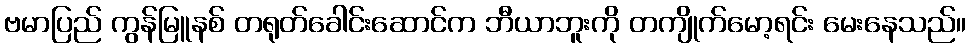
ဗမာပြည် ကွန်မြူနစ် တရုတ်ခေါင်းဆောင်က ဘီယာဘူးကို တကျိုက်မော့ရင်း မေးနေသည်။